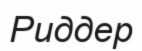
Риддер